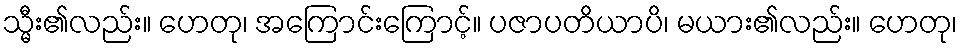
သ္မီး၏လည်း။ ဟေတု၊ အကြောင်းကြောင့်။ ပဇာပတိယာပိ၊ မယား၏လည်း။ ဟေတု၊